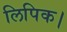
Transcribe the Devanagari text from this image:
लिपिक।